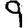
Digit: 9